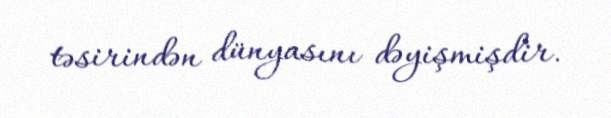
təsirindən dünyasını dəyişmişdir.